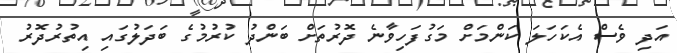
އަދި ވެސް އެކަހަލަ ކަންމަށް މަގުފަހިވާނެ ދޮރުތަށް ބަންދު ކުރުމުގެ ބަދަލުގައި އިތުރުދޮރު